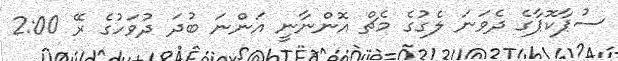
ސުޕާކޮޕާގެ ދެވަނަ ލެގުގެ މެޗް އޮންނާނީ އަންނަ ބުދަ ދުވަހުގެ ރޭ 2:00